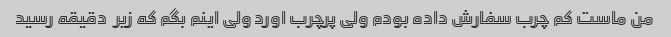
من ماست کم چرب سفارش داده بودم ولی پرچرب اورد ولی اینم بگم که زیر  دقیقه رسید